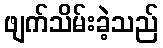
ဖျက်သိမ်းခဲ့သည်